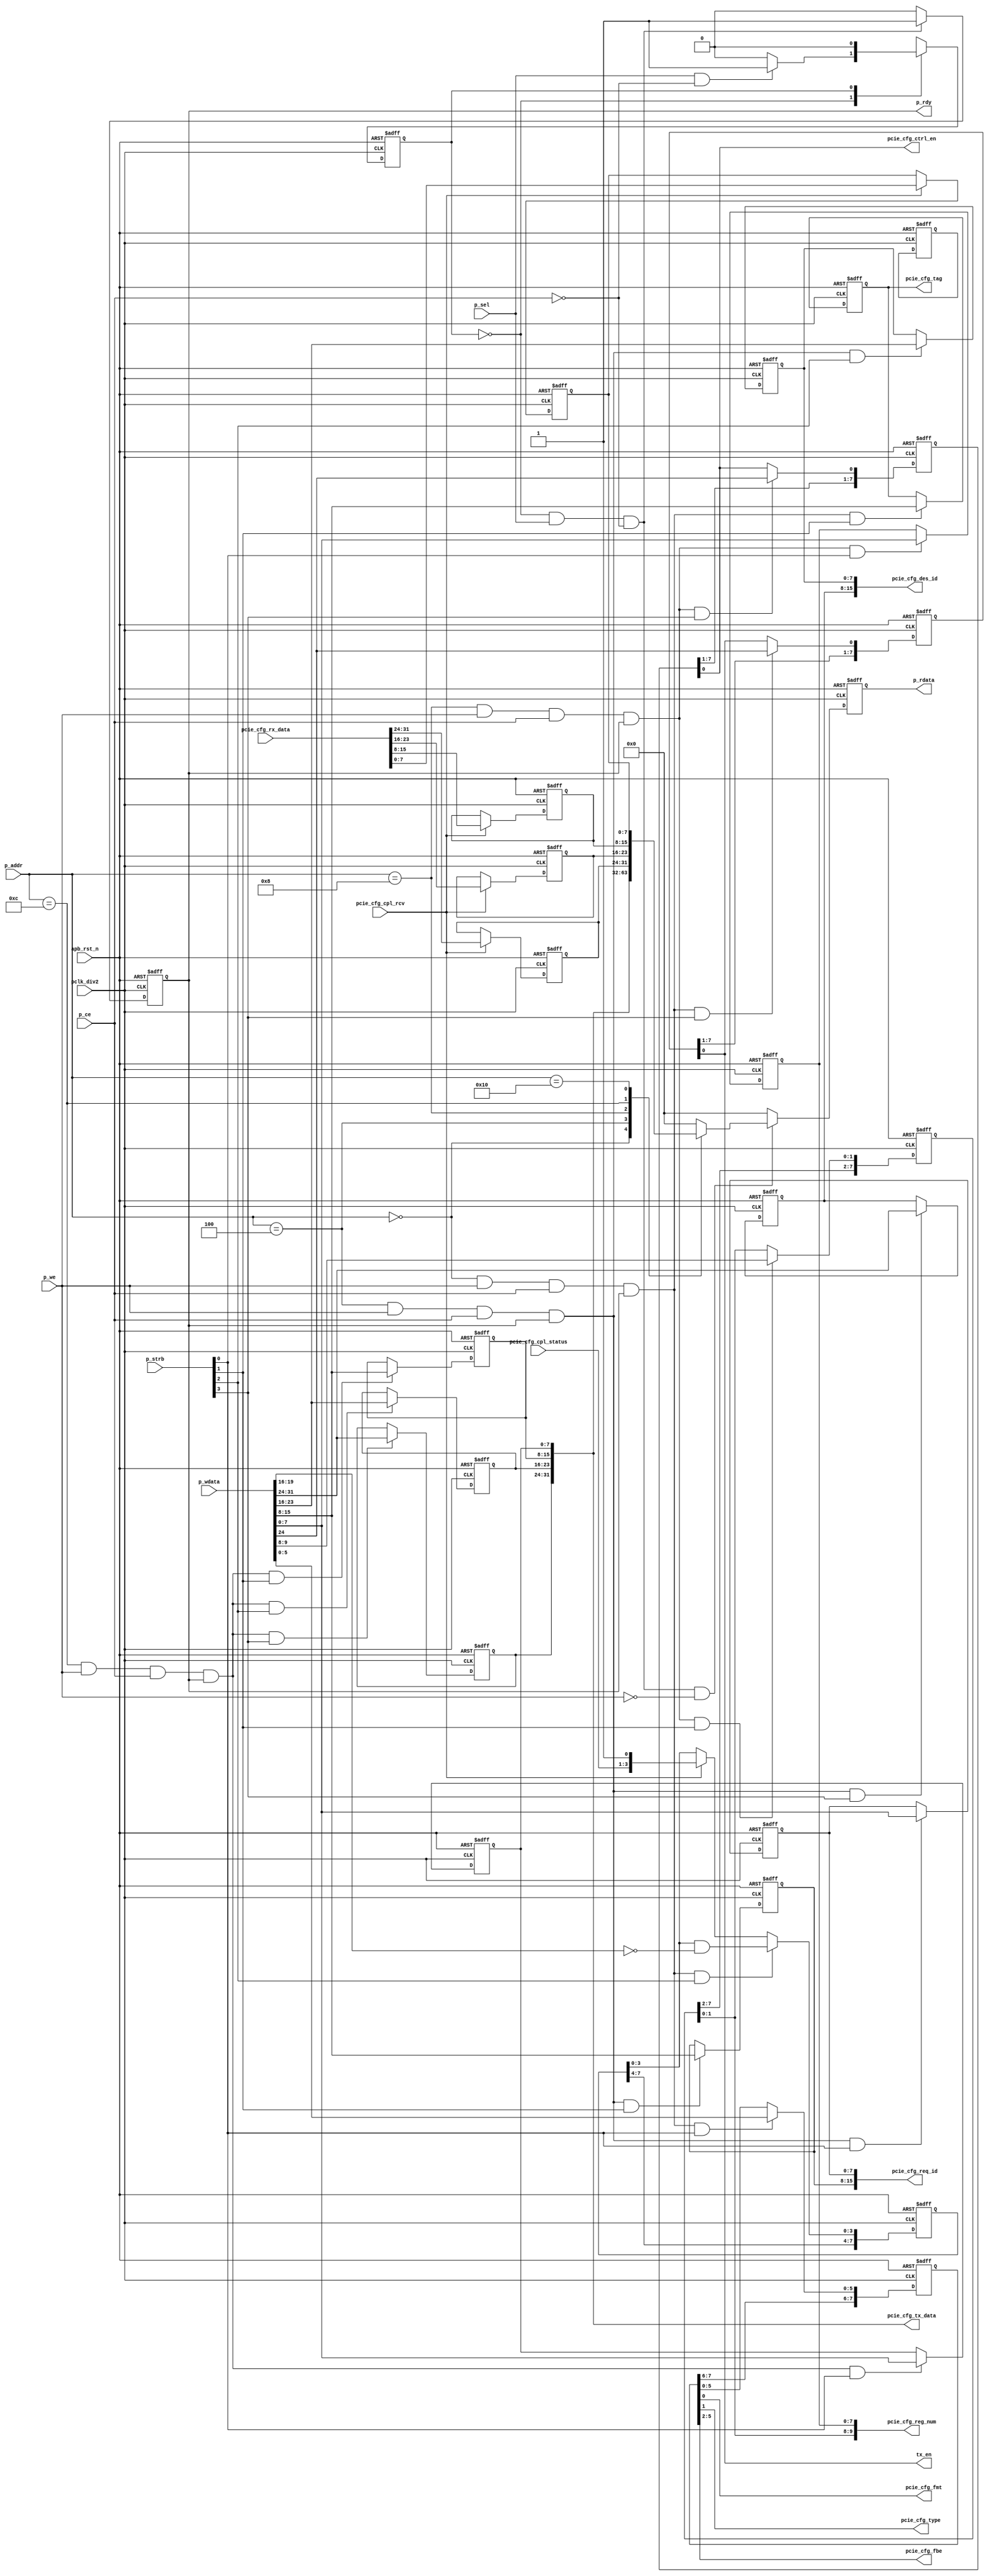
//////////////////////////////////////////////////////////////////////////////
//
// Copyright (c) 2019 PANGO MICROSYSTEMS, INC
// ALL RIGHTS REVERVED.
//
// THE SOURCE CODE CONTAINED HEREIN IS PROPRIETARY TO PANGO MICROSYSTEMS, INC.
// IT SHALL NOT BE REPRODUCED OR DISCLOSED IN WHOLE OR IN PART OR USED BY
// PARTIES WITHOUT WRITTEN AUTHORIZATION FROM THE OWNER.
//
//////////////////////////////////////////////////////////////////////////////
module ipsl_pcie_cfg_ctrl_apb(
    //from APB
    input                   pclk_div2,
    input                   apb_rst_n,
    input                   p_sel,
    input       [3:0]       p_strb,
    input       [7:0]       p_addr,
    input       [31:0]      p_wdata,
    input                   p_ce,
    input                   p_we,
    output reg              p_rdy,
    output reg  [31:0]      p_rdata,
    output                  pcie_cfg_ctrl_en,
    //to cfg_trans
    output                  pcie_cfg_fmt,
    output                  pcie_cfg_type,
    output      [7:0]       pcie_cfg_tag,
    output      [3:0]       pcie_cfg_fbe,
    output      [15:0]      pcie_cfg_req_id,
    output      [15:0]      pcie_cfg_des_id,
    output      [9:0]       pcie_cfg_reg_num,
    output      [31:0]      pcie_cfg_tx_data,
    output                  tx_en,
    input                   pcie_cfg_cpl_rcv,
    input       [2:0]       pcie_cfg_cpl_status,
    input       [31:0]      pcie_cfg_rx_data
);

localparam IDLE  = 1'b0;
localparam SETUP = 1'b1;

reg                 state;
reg                 nextstate;
reg     [31:0]      reg0;
reg     [31:0]      reg1;
reg     [31:0]      reg2;
reg     [31:0]      reg3;
reg     [31:0]      reg4;

wire                reg0_wr;
wire                reg1_wr;
wire                reg2_wr;
wire                reg3_wr;


assign pcie_cfg_fmt     = reg0[0];
assign pcie_cfg_type    = reg0[1];
assign pcie_cfg_fbe     = reg0[5:2];
assign pcie_cfg_tag     = reg0[15:8];
assign tx_en            = reg0[24];
assign pcie_cfg_req_id  = reg1[15:0];
assign pcie_cfg_des_id  = reg1[31:16];
assign pcie_cfg_reg_num = reg2[9:0];
assign pcie_cfg_ctrl_en = reg2[24];
assign pcie_cfg_tx_data = reg3[31:0];


//-------------------------------APB FSM------------------------------------
//---------------PHASE 1-----------
always @(posedge pclk_div2 or negedge apb_rst_n)
    if(!apb_rst_n)
        state <= IDLE;
    else
        state <= nextstate;

//---------------PHASE 2-----------
always@(*)
    case (state)
        IDLE:begin
            if(p_sel && !p_ce)
                nextstate = SETUP;
            else
                nextstate = IDLE;
            end
        SETUP:  nextstate = IDLE;
        default: nextstate =IDLE;
    endcase

//---------------PHASE 3-----------
// p_rdy
always@(posedge pclk_div2 or negedge apb_rst_n)
    if(!apb_rst_n)
        p_rdy <= 1'b0;
    else if(state== IDLE && p_sel && !p_ce)
        p_rdy <= 1'b1;
    else
        p_rdy <= 1'b0;

//***************APB write*********************
assign reg0_wr = p_addr ==8'h0 && p_we && p_ce && p_rdy;
assign reg1_wr = p_addr ==8'h4 && p_we && p_ce && p_rdy;
assign reg2_wr = p_addr ==8'h8 && p_we && p_ce && p_rdy;
assign reg3_wr = p_addr ==8'hc && p_we && p_ce && p_rdy;

//***************reg0 write
always @(posedge pclk_div2 or negedge apb_rst_n)
    if(!apb_rst_n)
        reg0[7:0] <= 8'h0;
    else if (reg0_wr & p_strb[0])
        reg0[5:0] <= p_wdata[5:0];

always @(posedge pclk_div2 or negedge apb_rst_n)
    if(!apb_rst_n)
        reg0[15:8] <= 8'h0;
    else if (reg0_wr & p_strb[1])
        reg0[15:8] <= p_wdata[15:8];

//reg0[19:16] are W1C
always@(posedge pclk_div2 or negedge apb_rst_n)
    if(!apb_rst_n)
        reg0[23:16] <= 8'h0;
    else if (reg0_wr & p_strb[2])
        reg0[19:16] <= reg0[19:16] & (~p_wdata[19:16]);
    else if (pcie_cfg_cpl_rcv)
        reg0[19:16] <= {pcie_cfg_cpl_status,1'b1};

always @(posedge pclk_div2 or negedge apb_rst_n)
    if(!apb_rst_n)
        reg0[31:24] <= 8'h0;
    else if (reg0_wr & p_strb[3])
        reg0[24]    <= p_wdata[24];

//***************reg1 write
always @(posedge pclk_div2 or negedge apb_rst_n)
    if(!apb_rst_n)
        reg1[7:0]  <= 8'h0;
    else if (reg1_wr & p_strb[0])
        reg1[7:0]  <= p_wdata[7:0];

always @(posedge pclk_div2 or negedge apb_rst_n)
    if(!apb_rst_n)
        reg1[15:8] <= 8'h0;
    else if (reg1_wr & p_strb[1])
        reg1[15:8] <= p_wdata[15:8];

always @(posedge pclk_div2 or negedge apb_rst_n)
    if(!apb_rst_n)
        reg1[23:16] <= 8'h0;
    else if (reg1_wr & p_strb[2])
        reg1[23:16] <= p_wdata[23:16];

always @(posedge pclk_div2 or negedge apb_rst_n)
    if(!apb_rst_n)
        reg1[31:24] <= 8'h0;
    else if (reg1_wr & p_strb[3])
        reg1[31:24] <= p_wdata[31:24];

//***************reg2 write
always @(posedge pclk_div2 or negedge apb_rst_n)
    if(!apb_rst_n)
        reg2[7:0]  <= 8'h0;
    else if (reg2_wr & p_strb[0])
        reg2[7:0]  <= p_wdata[7:0];

always @(posedge pclk_div2 or negedge apb_rst_n)
    if(!apb_rst_n)
        reg2[15:8]  <= 8'h0;
    else if (reg2_wr & p_strb[1])
        reg2[9:8]   <= p_wdata[9:8];

always @(posedge pclk_div2 or negedge apb_rst_n)
    if(!apb_rst_n)
        reg2[23:16] <= 8'h0;

always @(posedge pclk_div2 or negedge apb_rst_n)
    if(!apb_rst_n)
        reg2[31:24] <= 8'h0;
    else if (reg2_wr & p_strb[3])
        reg2[24]    <= p_wdata[24];

//***************reg3 write
always @(posedge pclk_div2 or negedge apb_rst_n)
    if(!apb_rst_n)
        reg3[7:0]  <= 8'h0;
    else if (reg3_wr & p_strb[0])
        reg3[7:0]  <= p_wdata[7:0];

always @(posedge pclk_div2 or negedge apb_rst_n)
    if(!apb_rst_n)
        reg3[15:8] <= 8'h0;
    else if (reg3_wr & p_strb[1])
        reg3[15:8] <= p_wdata[15:8];

always @(posedge pclk_div2 or negedge apb_rst_n)
    if(!apb_rst_n)
        reg3[23:16] <= 8'h0;
    else if (reg3_wr & p_strb[2])
        reg3[23:16] <= p_wdata[23:16];

always @(posedge pclk_div2 or negedge apb_rst_n)
    if(!apb_rst_n)
        reg3[31:24] <= 8'h0;
    else if (reg3_wr & p_strb[3])
        reg3[31:24] <= p_wdata[31:24];

//***************reg4 write
always @(posedge pclk_div2 or negedge apb_rst_n)
    if(!apb_rst_n)
        reg4[7:0]  <= 8'h0;
    else if (pcie_cfg_cpl_rcv)
        reg4[7:0] <= pcie_cfg_rx_data[7:0];

always @(posedge pclk_div2 or negedge apb_rst_n)
    if(!apb_rst_n)
        reg4[15:8] <= 8'h0;
    else if (pcie_cfg_cpl_rcv)
        reg4[15:8] <= pcie_cfg_rx_data[15:8];

always @(posedge pclk_div2 or negedge apb_rst_n)
    if(!apb_rst_n)
        reg4[23:16] <= 8'h0;
    else if (pcie_cfg_cpl_rcv)
        reg4[23:16] <= pcie_cfg_rx_data[23:16];

always @(posedge pclk_div2 or negedge apb_rst_n)
    if(!apb_rst_n)
        reg4[31:24] <= 8'h0;
    else if (pcie_cfg_cpl_rcv)
        reg4[31:24] <= pcie_cfg_rx_data[31:24];


//***************APB read***************************************
always@(posedge pclk_div2 or negedge apb_rst_n)
    if(!apb_rst_n)
        p_rdata <= 32'h0;
    else if (state == IDLE && p_sel && !p_ce && !p_we) begin
        case(p_addr)
            8'h0:       p_rdata <= reg0;
            8'h4:       p_rdata <= reg1;
            8'h8:       p_rdata <= reg2;
            8'hc:       p_rdata <= reg3;
            8'h10:      p_rdata <= reg4;
            default:    p_rdata <= 32'h0;
        endcase
    end
    else
        p_rdata <= 32'h0;

endmodule